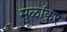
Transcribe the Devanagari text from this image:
मुळांकुर